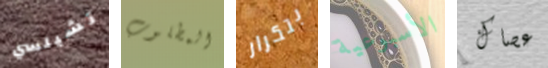
تشيلسي المطلوب بتكرار الأسبوعية عصاك